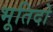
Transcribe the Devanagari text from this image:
भूतिदो